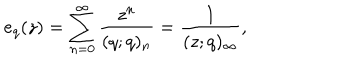
LaTeX: e _ { q } ( z ) = \sum _ { n = 0 } ^ { \infty } \frac { z ^ { n } } { ( q ; q ) _ { n } } = \frac { 1 } { ( z ; q ) _ { \infty } } ,